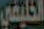
الخليفي